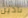
نادين